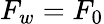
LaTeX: F_{w}=F_{0}